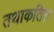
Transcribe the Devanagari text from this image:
तथाकतित